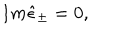
LaTeX: I m \hat { \epsilon } _ { \pm } = 0 ,